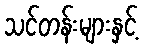
သင်တန်းများနှင့်